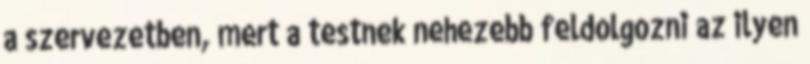
a szervezetben, mert a testnek nehezebb feldolgozni az ilyen